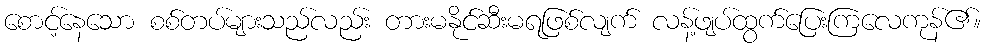
စောင့်နေသော စစ်တပ်များသည်လည်း တားမနိုင်ဆီးမရဖြစ်လျက် လန့်ဖျပ်ထွက်ပြေးကြလေကုန်၏။